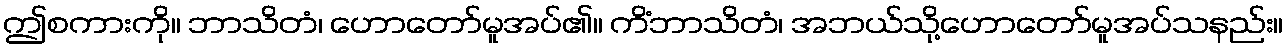
ဤစကားကို။ ဘာသိတံ၊ ဟောတော်မူအပ်၏။ ကိံဘာသိတံ၊ အဘယ်သို့ဟောတော်မူအပ်သနည်း။